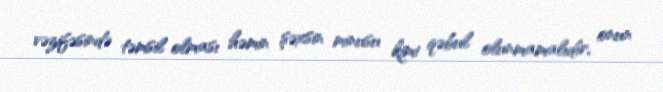
vəzifəsində təmsil olması həmin şəxsin minusu kimi qəbul olunmamalıdır, onun